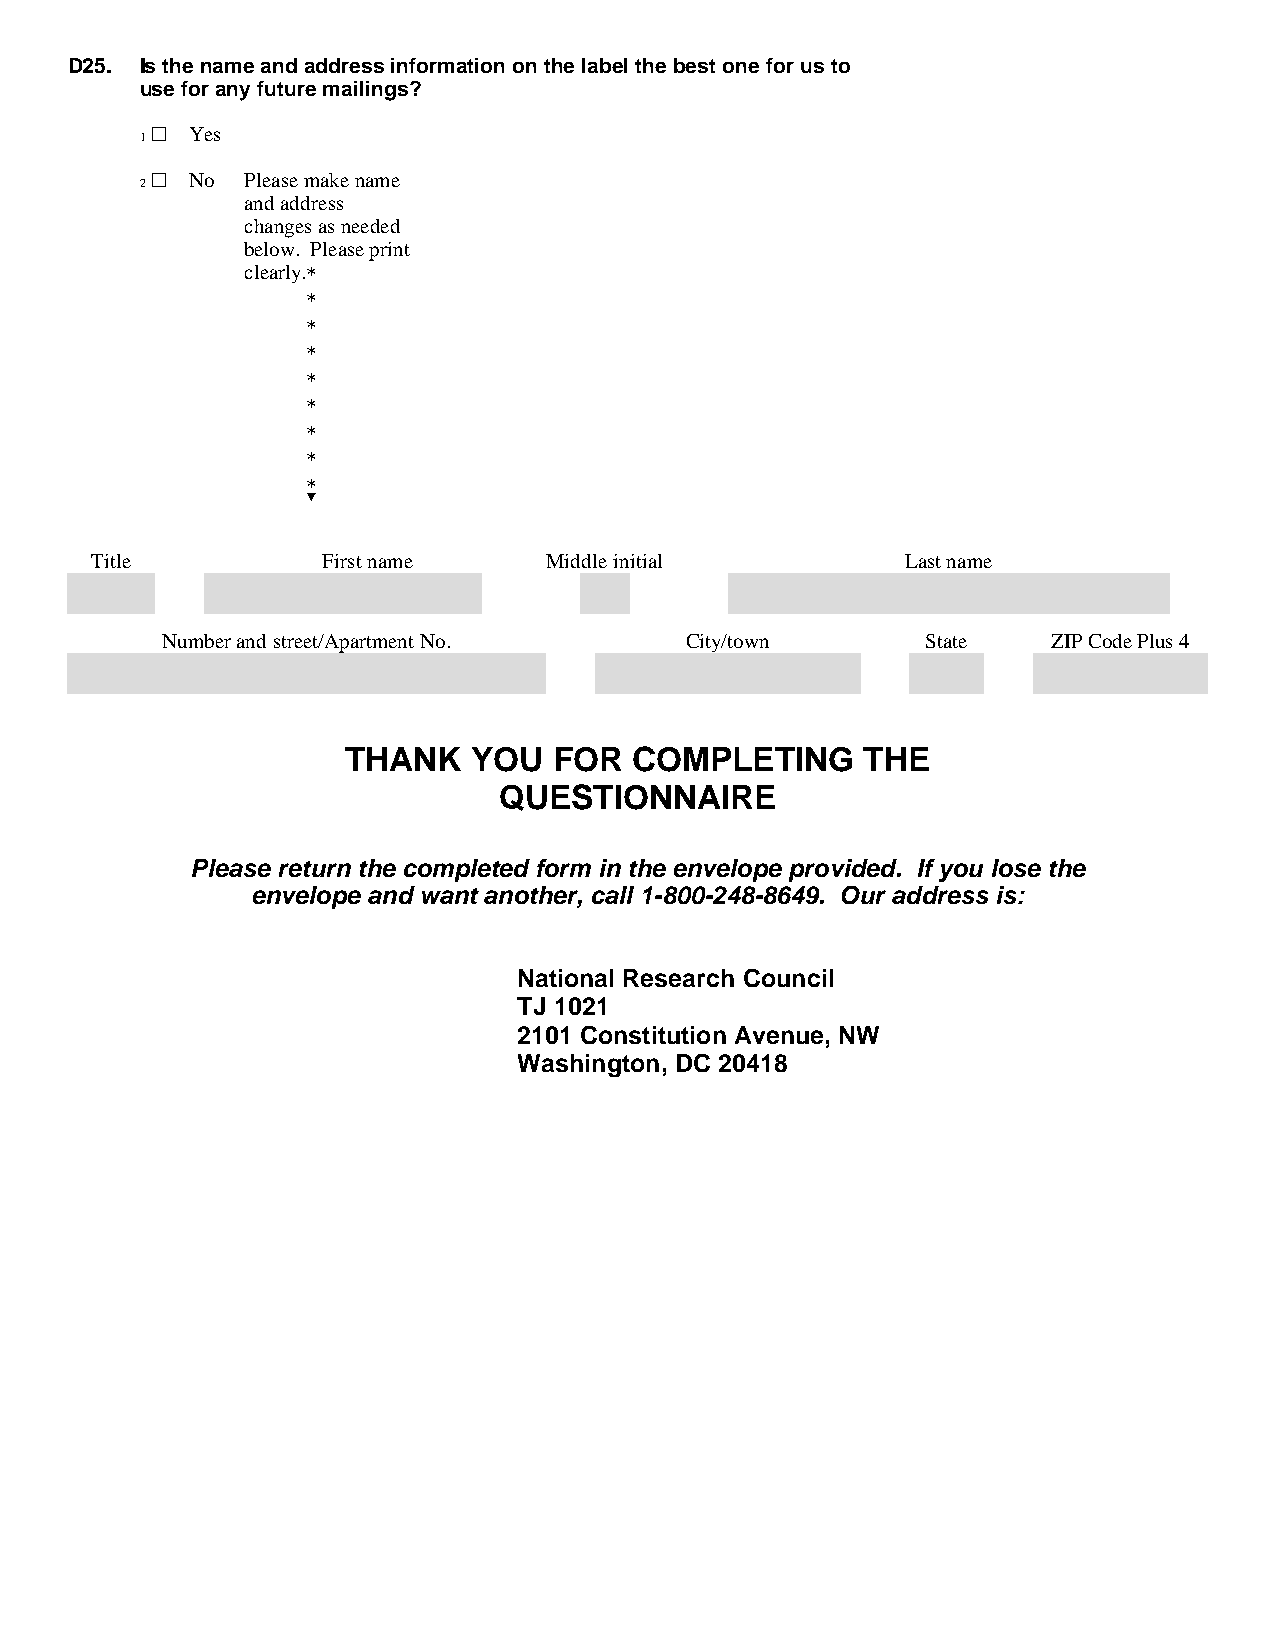
D25. Is the name and address information on the label the best one for us to
 use for any future mailings?
 1 ~ Yes
 2 ~ No Y Please make name
 and address
 changes as needed
 below. Please print
 clearly.*
 *
 *
 *
 *
 *
 *
 *
 *
 ?
 Title          First name     Middle initial          Last name
 Number and street/Apartment No.   City/town       State    ZIP Code Plus 4
 THANK   YOU   FOR  COMPLETING     THE
 QUESTIONNAIRE
 Please return the completed form in the envelope provided. If you lose the
 envelope and want another, call 1-800-248-8649. Our address is:
 National Research Council
 TJ 1021
 2101 Constitution Avenue, NW
 Washington, DC 20418